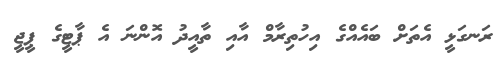
ރަނގަޅީ އެތަށް ބައެއްގެ އިހުތިރާމް އާއި ތާއީދު އޮންނަ އެ ޕާޓީގެ ޕީޖީ